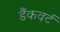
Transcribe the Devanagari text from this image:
डैंकवर्ट